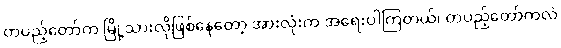
တပည့်တော်က မြို့သားလိုဖြစ်နေတော့ အားလုံးက အရေးပါကြတယ်၊ တပည့်တော်ကလဲ